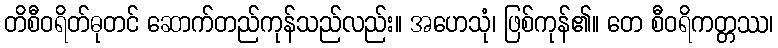
တိစီဝရိတ်ဓုတင် ဆောက်တည်ကုန်သည်လည်း။ အဟေသုံ၊ ဖြစ်ကုန်၏။ တေ စီဝရိကတ္တဿ၊